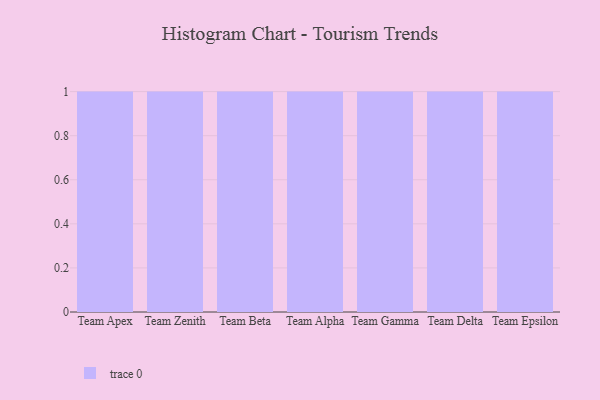
{"axis": {"x": "Team", "y": "Energy Usage (MWh)"}, "legend": [""], "data": [{"x": "Team Apex", "y": 60, "type": ""}, {"x": "Team Zenith", "y": 21, "type": ""}, {"x": "Team Beta", "y": 18, "type": ""}, {"x": "Team Alpha", "y": 5, "type": ""}, {"x": "Team Gamma", "y": 52, "type": ""}, {"x": "Team Delta", "y": 40, "type": ""}, {"x": "Team Epsilon", "y": 85, "type": ""}]}